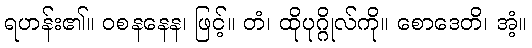
ရဟန်း၏။ ဝစနနေန၊ ဖြင့်။ တံ၊ ထိုပုဂ္ဂိုလ်ကို။ စောဒေတိ၊ အံ့။